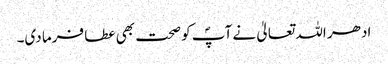
ادھر اللہ تعالیٰ نے آپؐ کو صحت بھی عطا فرما دی۔